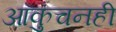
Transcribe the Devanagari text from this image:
आकुंचनही